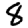
Digit: 8